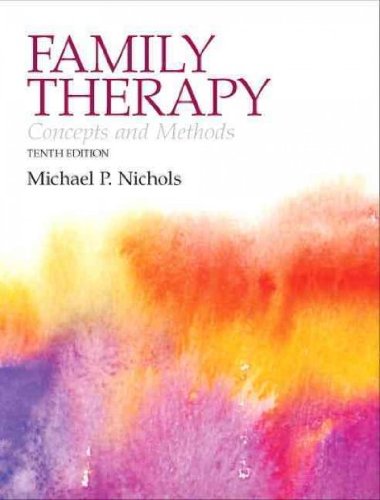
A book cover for Family Therapy: Concepts and Methods Plus MySearchLab with eText -- Access Card Package (10th Edition) 10th (tenth) Edition by Nichols, Michael P. [2012]; Comics & Graphic Novels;